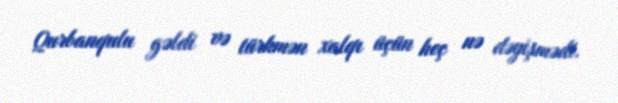
Qurbanqulu gəldi və türkmən xalqı üçün heç nə dəyişmədi.